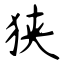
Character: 狭